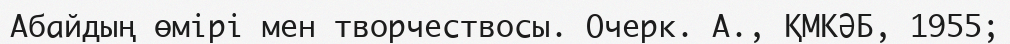
Абайдың өмірі мен творчествосы. Очерк. А., ҚМКӘБ, 1955;